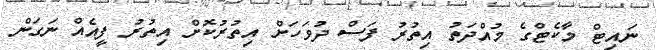
ނައިޓް މާކެޓްގެ މުއްދަތު އިތުރު ފަސް ދުވަހަށް އިތުރުކޮށް އިތުރު ފީއެއް ނަގަން